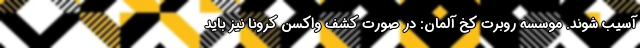
آسیب شوند. موسسه روبرت کخ آلمان: در صورت کشف واکسن کرونا نیز باید